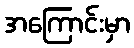
အကြောင်းမှာ